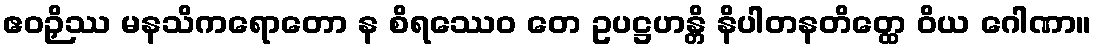
ဧဝဉှိဿ မနသိကရောတော န စိရဿေဝ တေ ဥပဋ္ဌဟန္တိ နိပါတနတိတ္ထေ ဝိယ ဂေါဏာ။